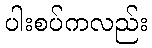
ပါးစပ်ကလည်း